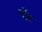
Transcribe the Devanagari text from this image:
नाँह